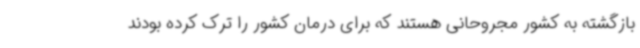
بازگشته به کشور مجروحانی هستند که برای درمان کشور را ترک کرده بودند